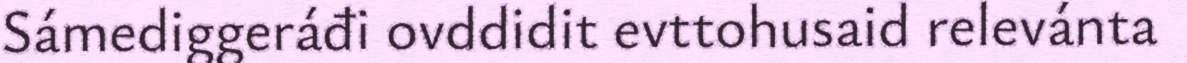
Sámediggeráđi ovddidit evttohusaid relevánta